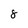
Character: 8